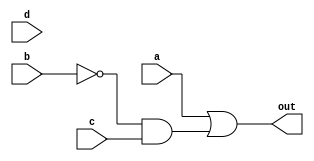
module top_module(
    input a,
    input b,
    input c,
    input d,
    output out  
); 
    // d in kmap means don't care?
    
	// SOP:
    //assign out = a|(~a&~b&c);
    assign out = a | (~b&c);
    
    // POS:
    // assign out = (a|~b)&(a|b|c);
    
endmodule